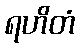
ရဟိတံ